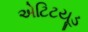
એટિટયૂડ